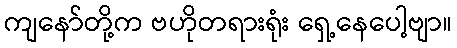
ကျနော်တို့က ဗဟိုတရားရုံး ရှေ့နေပေါ့ဗျာ။